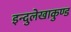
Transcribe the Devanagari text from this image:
इन्दुलेखाकुण्ड